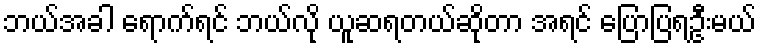
ဘယ်အခါ ရောက်ရင် ဘယ်လို ယူဆရတယ်ဆိုတာ အရင် ပြောပြရဦးမယ်